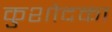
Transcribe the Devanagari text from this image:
कुशोदका